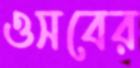
ওসবের